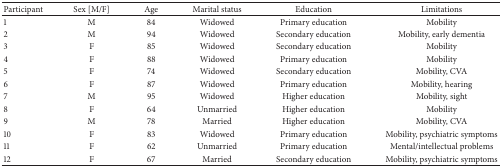
<table><thead><tr><td><b>Participant</b></td><td><b>Sex [M/F]</b></td><td><b>Age</b></td><td><b>Marital status</b></td><td><b>Education</b></td><td><b>Limitations</b></td></tr></thead><tbody><tr><td>1</td><td>M</td><td>84</td><td>Widowed</td><td>Primary education</td><td>Mobility</td></tr><tr><td>2</td><td>M</td><td>94</td><td>Widowed</td><td>Secondary education</td><td>Mobility, early dementia</td></tr><tr><td>3</td><td>F</td><td>85</td><td>Widowed </td><td>Secondary education</td><td>Mobility</td></tr><tr><td>4</td><td>F</td><td>88</td><td>Widowed </td><td>Primary education</td><td>Mobility</td></tr><tr><td>5</td><td>F</td><td>74</td><td>Widowed</td><td>Secondary education</td><td>Mobility, CVA</td></tr><tr><td>6</td><td>F</td><td>87</td><td>Widowed</td><td>Primary education</td><td>Mobility, hearing</td></tr><tr><td>7</td><td>M</td><td>95</td><td>Widowed</td><td>Higher education</td><td>Mobility, sight</td></tr><tr><td>8</td><td>F</td><td>64</td><td>Unmarried</td><td>Higher education</td><td>Mobility</td></tr><tr><td>9</td><td>M</td><td>78</td><td>Married</td><td>Higher education</td><td>Mobility, CVA</td></tr><tr><td>10</td><td>F</td><td>83</td><td>Widowed</td><td>Primary education</td><td>Mobility, psychiatric symptoms</td></tr><tr><td>11</td><td>F</td><td>62</td><td>Unmarried</td><td>Primary education</td><td>Mental/intellectual problems</td></tr><tr><td>12</td><td>F</td><td>67</td><td>Married</td><td>Secondary education</td><td>Mobility, psychiatric symptoms</td></tr></tbody></table>